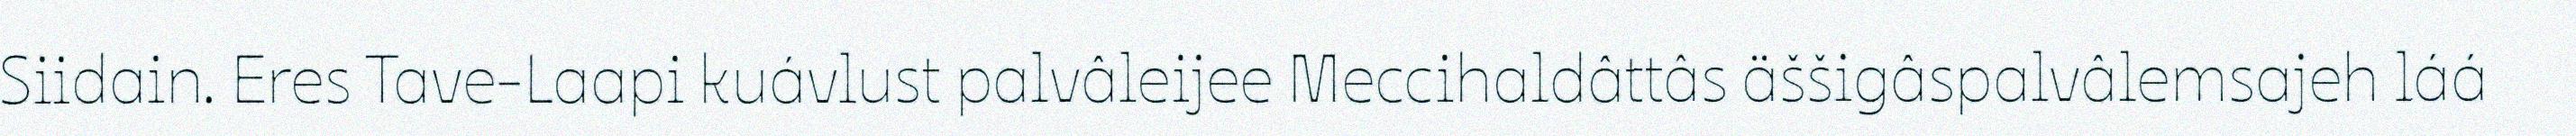
Siidain. Eres Tave-Laapi kuávlust palvâleijee Meccihaldâttâs äššigâspalvâlemsajeh láá